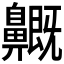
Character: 𪖺